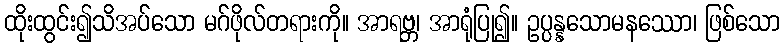
ထိုးထွင်း၍သိအပ်သော မဂ်ဖိုလ်တရားကို။ အာရဗ္ဘ၊ အာရုံပြု၍။ ဥပ္ပန္နသောမနဿော၊ ဖြစ်သော